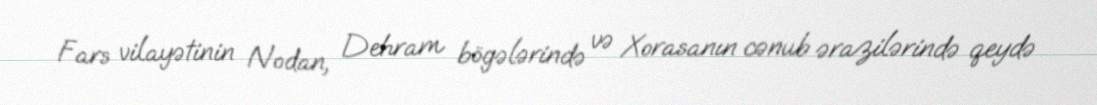
Fars vilayətinin Nodan, Dehram bögələrində və Xorasanın cənub ərazilərində qeydə